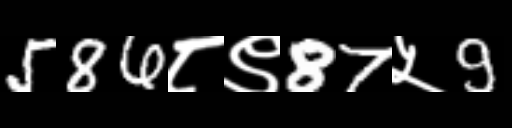
Text: 586८९87५9